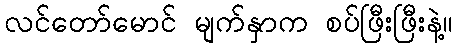
လင်တော်မောင် မျက်နှာက စပ်ဖြီးဖြီးနဲ့။